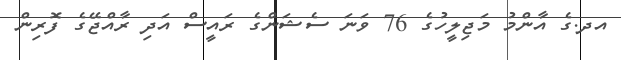
އދ.ގެ އާންމު މަޖިލީހުގެ 76 ވަނަ ސެޝަންގެ ރައީސް އަދި ރާއްޖޭގެ ފޮރިން